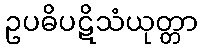
ဥပဓိပဋိသံယုတ္တာ